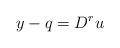
LaTeX: \begin{align*}y-q=D^r u\end{align*}